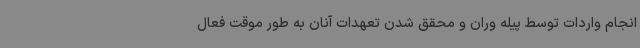
انجام واردات توسط پیله وران و محقق شدن تعهدات آنان به طور موقت فعال